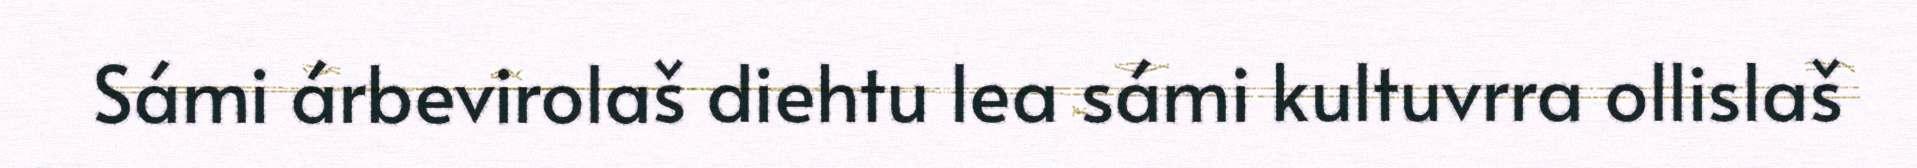
Sámi árbevirolaš diehtu lea sámi kultuvrra ollislaš